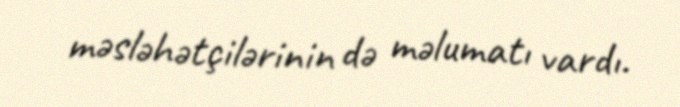
məsləhətçilərinin də məlumatı vardı.